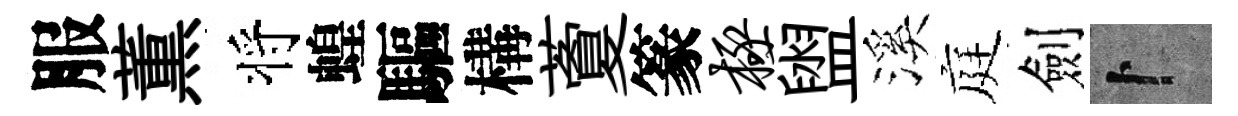
服薫将蝗驅構藑篆极盥溪庭劍卜